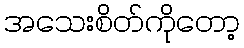
အသေးစိတ်ကိုတော့